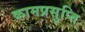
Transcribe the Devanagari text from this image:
कामप्रसुप्ति